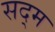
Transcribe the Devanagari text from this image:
सद्म